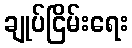
ချုပ်ငြိမ်းရေး